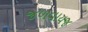
જળવાયજ